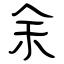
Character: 余